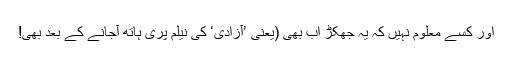
اور کسے معلوم نہیں کہ یہ جھکڑ اَب بھی (یعنی ’آزادی‘ کی نیلم پری ہاتھ آجانے کے بعد بھی!